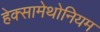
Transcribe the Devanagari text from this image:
हेक्सामेथोनियम